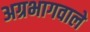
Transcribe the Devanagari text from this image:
अग्रभागवाले